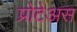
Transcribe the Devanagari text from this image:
प्रोटेअस